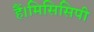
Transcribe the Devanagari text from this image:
हैं।मिसिसिपी